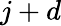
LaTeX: j+d